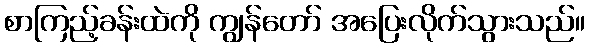
စာကြည့်ခန်းထဲကို ကျွန်တော် အပြေးလိုက်သွားသည်။